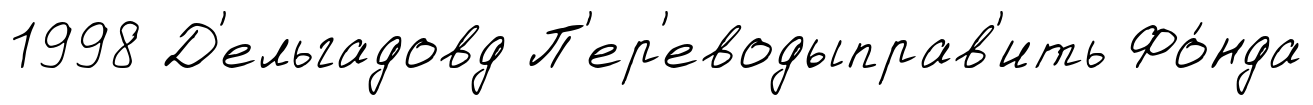
1998 Д'ельгадовд П'ер'еводыправ'ить Фо́нда